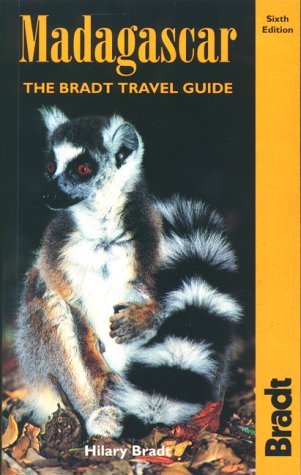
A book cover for Madagascar; Hilary Bradt; Travel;